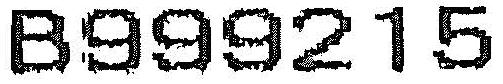
B999215